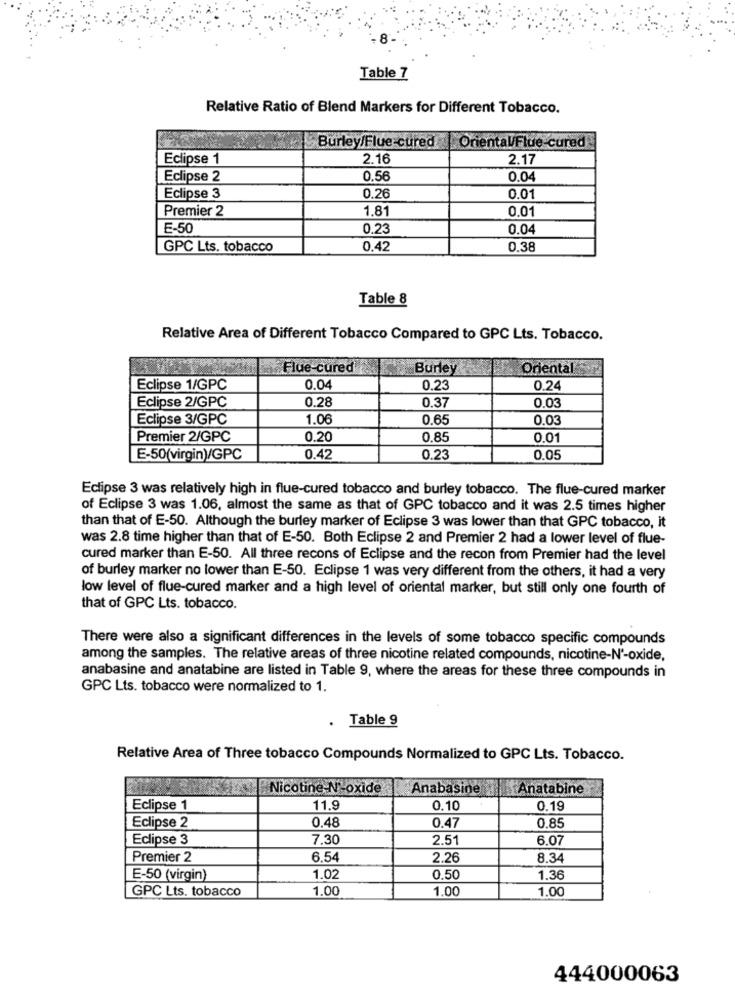
8
Table 7
Relative Ratio of Blend Markers for Different Tobacco.
Burley/Flue-cured Oriental/Flue-cured
Eclipse 1
2.16
2.17
Eclipse 2
0.56
0.04
Eclipse 3
0.26
0.01
1.81
0.01
Premier 2
E-50
0.23
0.04
GPC Lts. tobacco
0.42
0.38
Table 8
Relative Area of Different Tobacco Compared to GPC Lts. Tobacco.
Flue-cured
Burley
Oriental
Eclipse 1/GPC
0.04
0.23
0.24
0.28
0.37
0.03
Eclipse 2/GPC
Eclipse 3/GPC
1.06
0.65
0.03
Premier 2/GPC
0.20
0.85
0.01
E-50(virgin)/GPC
0.42
0.23
0.05
Eclipse 3 was relatively high in flue-cured tobacco and burley tobacco. The flue-cured marker
of Eclipse 3 was 1.06, almost the same as that of GPC tobacco and it was 2.5 times higher
than that of E-50. Although the burley marker of Eclipse 3 was lower than that GPC tobacco, it
was 2.8 time higher than that of E-50. Both Eclipse 2 and Premier 2 had a lower level of flue-
cured marker than E-50. All three recons of Eclipse and the recon from Premier had the level
of burley marker no lower than E-50. Eclipse 1 was very different from the others, it had a very
low level of flue-cured marker and a high level of oriental marker, but still only one fourth of
that of GPC Lts. tobacco.
There were also a significant differences in the levels of some tobacco specific compounds
among the samples. The relative areas of three nicotine related compounds, nicotine-N'-oxide,
anabasine and anatabine are listed in Table 9, where the areas for these three compounds in
GPC Lts. tobacco were normalized to 1.
. Table 9
Relative Area of Three tobacco Compounds Normalized to GPC Lts. Tobacco.
Nicotine N'oxide
Anabasine
Anatabine
Eclipse 1
11.9
0.10
0.19
0.48
0.47
Eclipse 2
0.85
Eclipse 3
7.30
2.51
6.07
Premier 2
6.54
2.26
8.34
E-50 (virgin)
1.02
0.50
1.36
1.00
1.00
1.00
GPC Lts. tobacco
444000063